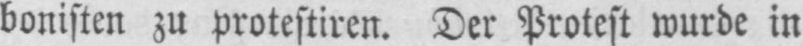
bonisten zu protestieren. Der Protest wurde in